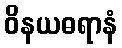
ဝိနယဓရာနံ